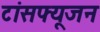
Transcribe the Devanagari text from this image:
टांसफ्यूजन